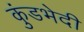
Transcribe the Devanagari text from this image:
कुंडभेदी